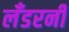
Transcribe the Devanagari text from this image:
लँडरनी